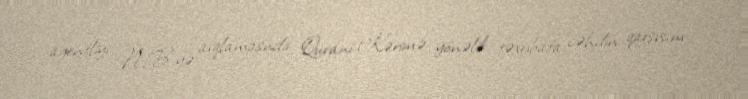
agentliyi NTB-yə aıqlamasnda Qurani-Kərimə yönəlik təxribata cəhdin qarşısını